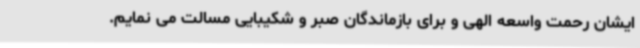
ایشان رحمت واسعه الهی و برای بازماندگان صبر و شکیبایی مسالت می نمایم.